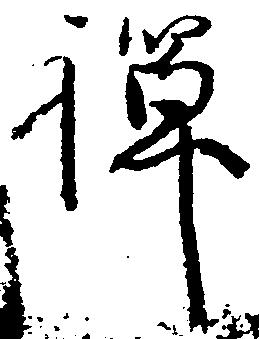
禅